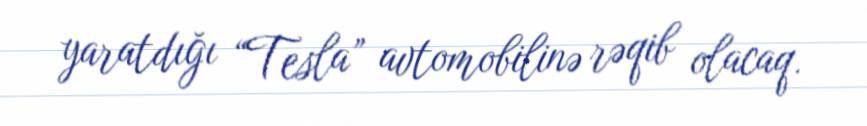
yaratdığı “Tesla” avtomobilinə rəqib olacaq.